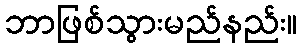
ဘာဖြစ်သွားမည်နည်း။